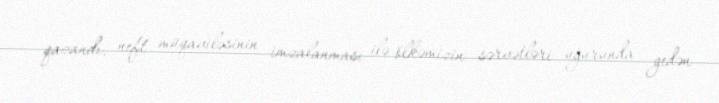
qazandı, neft müqaviləsinin imzalanması ilə ölkəmizin sərvətləri uğurunda gedən